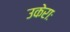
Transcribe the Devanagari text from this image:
उकेराः